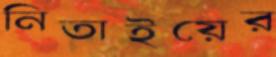
নিতাইয়ের